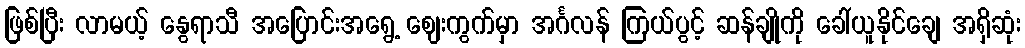
ဖြစ်ပြီး လာမယ့် နွေရာသီ အပြောင်းအရွေ့ ဈေးကွက်မှာ အင်္ဂလန် ကြယ်ပွင့် ဆန်ချိုကို ခေါ်ယူနိုင်ချေ အရှိဆုံး